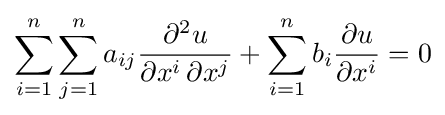
\sum _{i=1}^{n}\sum _{j=1}^{n}a_{ij}{\frac {\partial ^{2}u}{\partial x^{i}\,\partial x^{j}}}+\sum _{i=1}^{n}b_{i}{\frac {\partial u}{\partial x^{i}}}=0